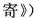
寄》）